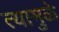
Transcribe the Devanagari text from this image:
त्यामुुळे